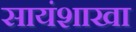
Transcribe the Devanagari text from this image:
सायंशाखा